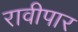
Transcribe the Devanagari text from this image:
रावीपार